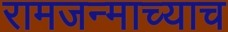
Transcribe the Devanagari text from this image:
रामजन्माच्याच